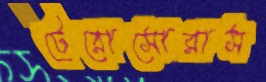
টেরোসোরাস